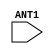
module FILLANT25 (ANT1);
  input ANT1 ;
endmodule